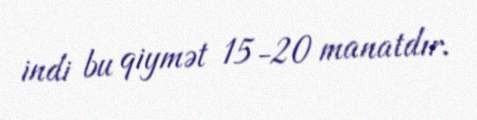
indi bu qiymət 15-20 manatdır.